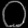
Digit: ၀